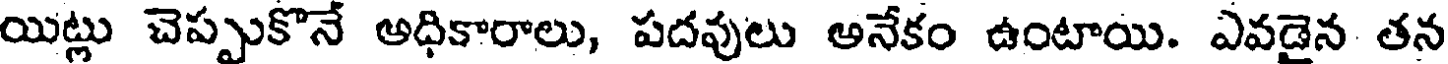
యిట్లు చెప్పుకొనే అధికారాలు, పదవులు అనేకం ఉంటాయి. ఎవడైన తన